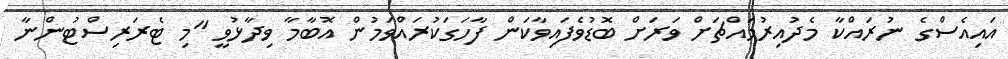
އައިއެސްގެ ނުރައްކާ މެދުއިރުމައްޗަށް ވަރަށް ބޮޑުވެފައިވާކަން ފާހަގަކުރައްވަމުން އޮބާމާ ވިދާޅުވީ "މި ޓެރަރިސްޓުންނާ